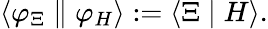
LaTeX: \left\langle\varphi_{\Xi}\parallel\varphi_{H}\right\rangle:=\left\langle\Xi\mid H\right\rangle.